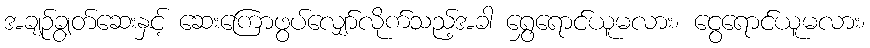
အချဉ်ချွတ်ဆေးနှင့် ဆေးကြောဖွပ်လျှော်လိုက်သည့်အခါ ရွှေရောင်ယူမလား၊ ငွေရောင်ယူမလား၊